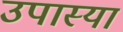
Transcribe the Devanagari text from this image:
उपास्या